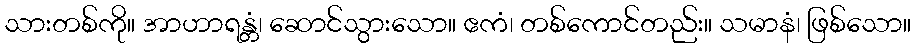
သားတစ်ကို။ အာဟာရန္တံ၊ ဆောင်သွားသော။ ဧကံ၊ တစ်ကောင်တည်း။ သမာနံ၊ ဖြစ်သော။